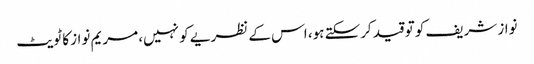
نواز شریف کو تو قید کرسکتے ہو، اس کے نظریے کو نہیں، مریم نواز کا ٹویٹ